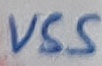
Text: VSS